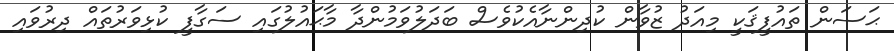
ޙަސަން ތައުފީޤަކީ މިއަދު ޒުވާން ކުދިންނާއެކުވެސް ބަދަލުވަމުންދާ މާޙައުލުގައި ސަގާފީ ކުޅިވަރުތައް ދިރުވައި